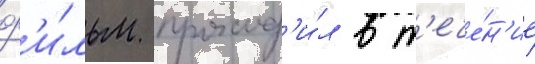
ф'и́льм проход'и́л в т'ече́н'ие